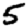
Digit: 5